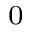
_ 0